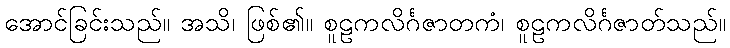
အောင်ခြင်းသည်။ အသိ၊ ဖြစ်၏။ စူဠကလိင်္ဂဇာတကံ၊ စူဠကလိင်္ဂဇာတ်သည်။